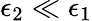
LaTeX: \epsilon_{2}\ll\epsilon_{1}